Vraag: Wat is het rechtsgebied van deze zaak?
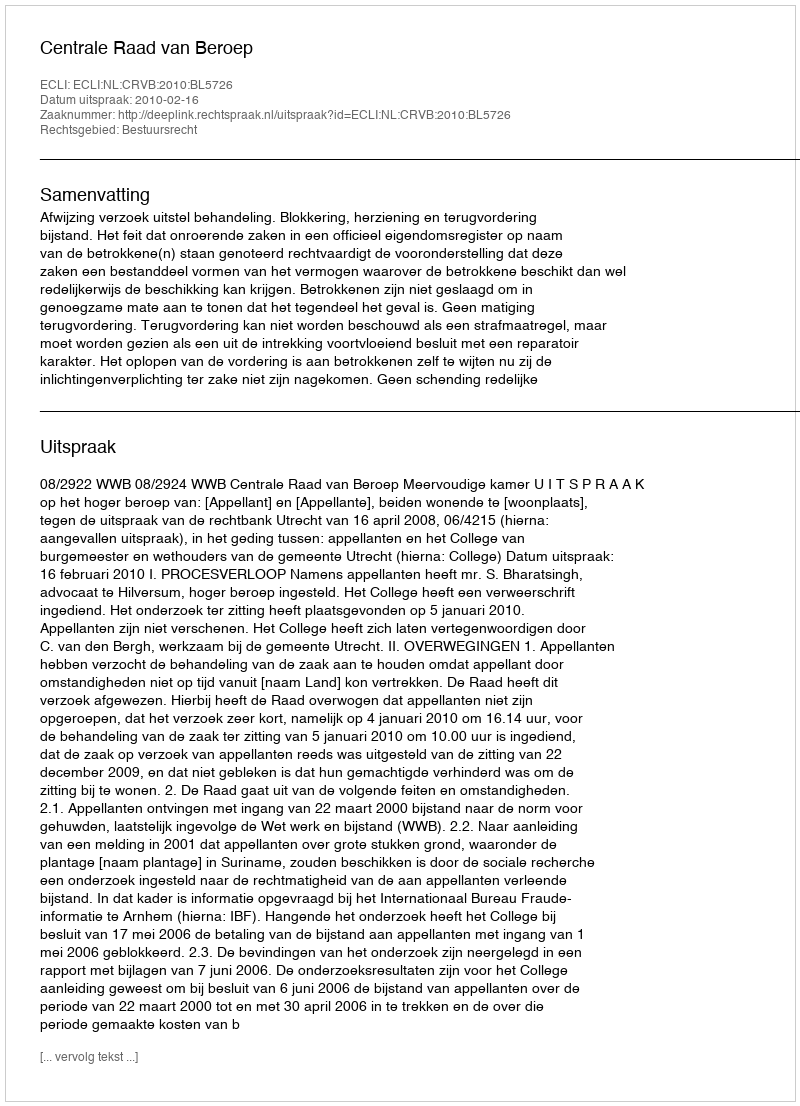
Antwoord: Bestuursrecht